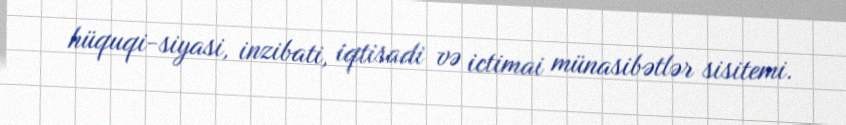
hüquqi-siyasi, inzibati, iqtisadi və ictimai münasibətlər sisitemi.